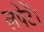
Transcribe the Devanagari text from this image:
लपेटें।